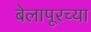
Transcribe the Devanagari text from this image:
बेलापूरच्या